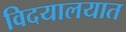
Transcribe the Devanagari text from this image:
विदयालयात